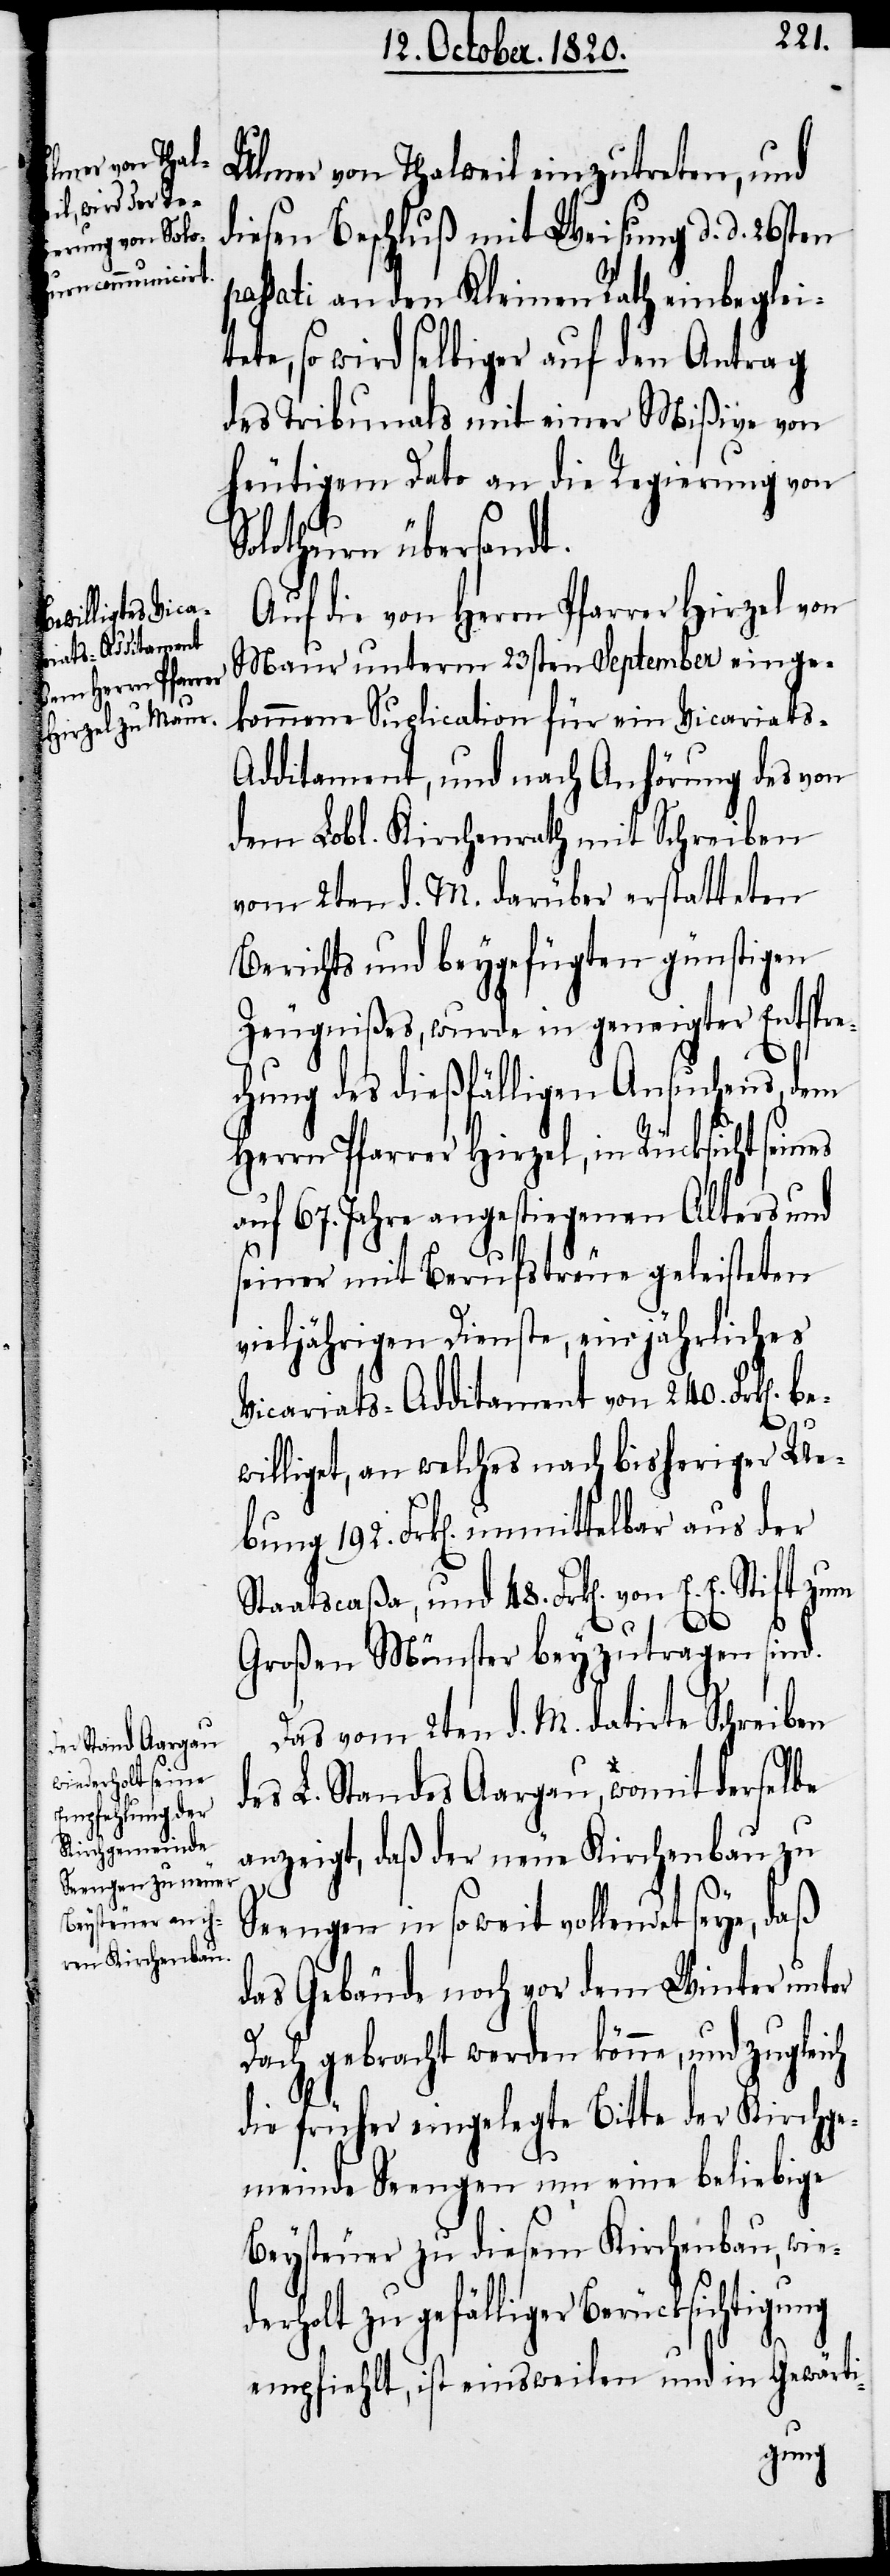
Ulmer von Thalweil einzutreten, und
diesen Beschluß mit Weisung d. d. 26sten
passati an den Kleinen Rath einbeglei¬
tete, so wird selbiger auf den Antrag
des Tribunals mit einer Mißive von
heutigem Dato an die Regierung von
Solothurn übersandt.
Auf die von Herrn Pfarrer Hirzel von
Maur unterm 23sten September einge¬
kommene Suplication für ein Vicariats-A¬
dditament, und auch Anhörung des von
dem Lobl. Kirchenrath mit Schreiben
vom 2ten d. M. darüber erstatteten
Berichts und beygefügten günstigen
Zeugnißes, wurde in geneigter Entspre¬
chung des dießfälligen Ansuchens, dem
Herrn Pfarrer Hirzel, in Rücksicht seines
auf 67. Jahre angestiegenen Alters und
seiner mit Berufstreue geleisteten
vieljährigen Dienste, ein jährliches
Vicariats-Additament von 240. Frk[en].
williget, an welches nach bisheriger Ue¬
bung 192. Frk[en]. unmittelbar aus der
48.
E.
Großen Münster beyzutragen sind.
Das vom 2ten d. M. datirte Schreiben
des L. Standes Aargau, womit derselbe
anzeigt, daß der neue Kirchenbau zu
der¬
Seengen in soweit vollendet seye,
das Gebäude noch vor dem Winter unter
Dach gebracht werden könne, und zugleich
die früher eingelegte Bitte der Kirchge¬
meinde Seengen um eine beliebige
Beysteuer zu diesem Kirchenbau, wie¬
holt zu gefälliger Berücksichti¬
empfiehlt, ist einsweilen und in Gewärti-
gung